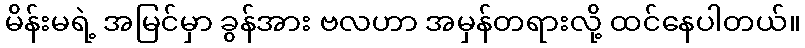
မိန်းမရဲ့ အမြင်မှာ ခွန်အား ဗလဟာ အမှန်တရားလို့ ထင်နေပါတယ်။